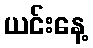
ယင်းနေ့